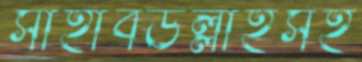
সাহাবউল্লাহসহ